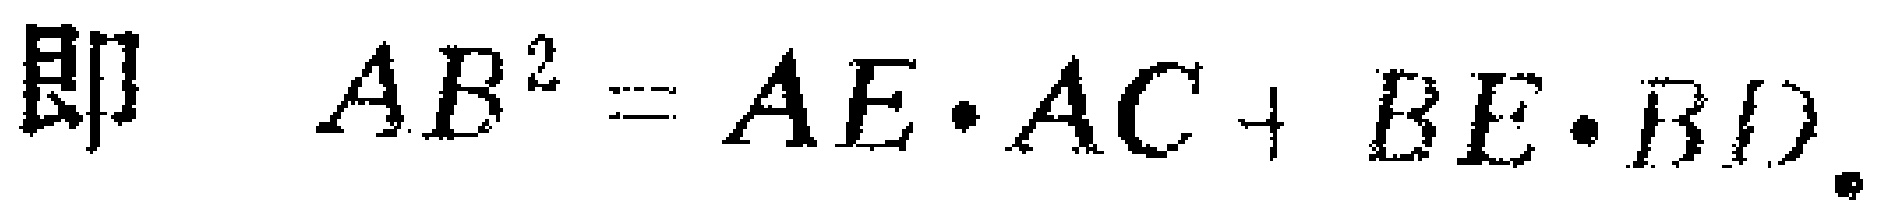
即 \(AB^{2}=AE\cdot AC + BE\cdot BD\)。